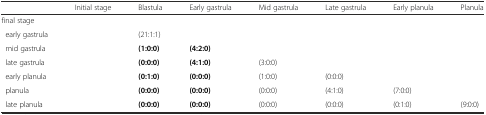
|  | Initial stage | Blastula | Early gastrula | Mid gastrula | Late gastrula | Early planula | Planula |
 | --- | --- | --- | --- | --- | --- | --- | --- |
 | final stage |  |  |  |  |  |  |  |
 | early gastrula |  | (21:1:1) |  |  |  |  |  |
 | mid gastrula |  | (1:0:0) | (4:2:0) |  |  |  |  |
 | late gastrula |  | (0:0:0) | (4:1:0) | (3:0:0) |  |  |  |
 | early planula |  | (0:1:0) | (0:0:0) | (1:0:0) | (0:0:0) |  |  |
 | planula |  | (0:0:0) | (0:0:0) | (0:0:0) | (4:1:0) | (7:0:0) |  |
 | late planula |  | (0:0:0) | (0:0:0) | (0:0:0) | (0:0:0) | (0:1:0) | (9:0:0) |